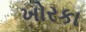
ખોરકા